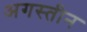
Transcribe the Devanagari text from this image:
अगस्तीन